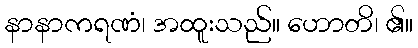
နာနာကရဏံ၊ အထူးသည်။ ဟောတိ၊ ၏။